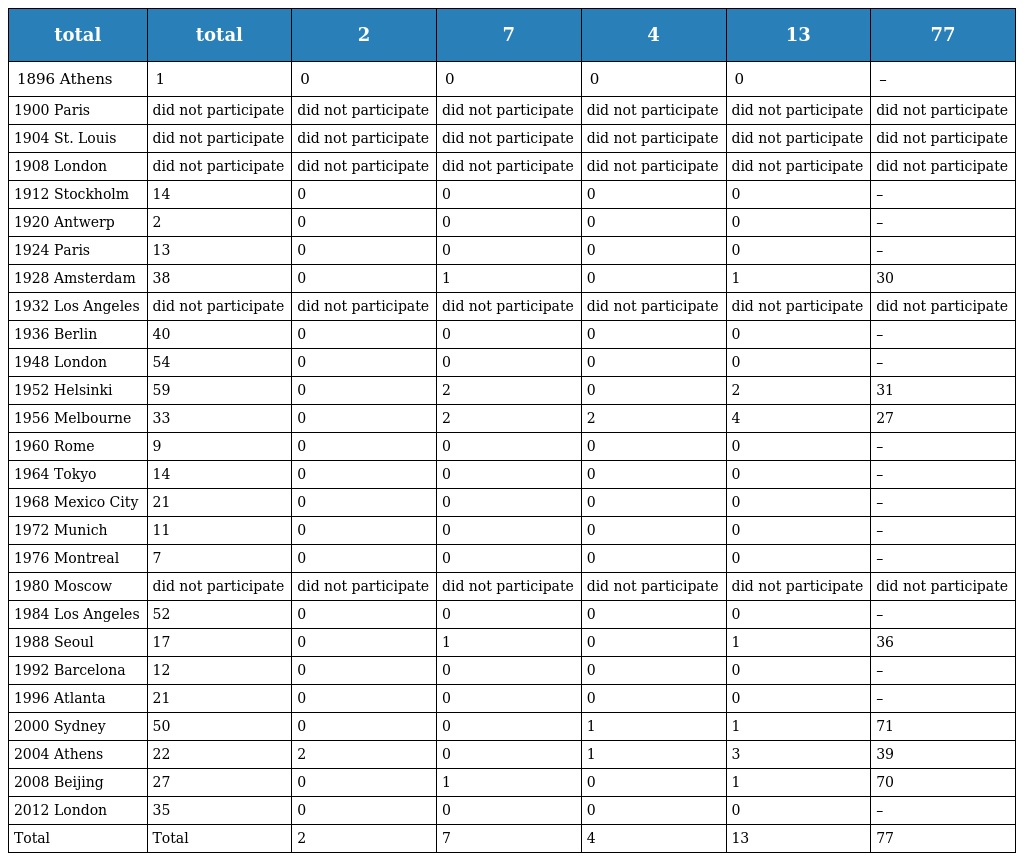
| total | total | 2 | 7 | 4 | 13 | 77 |
 | --- | --- | --- | --- | --- | --- | --- |
 | 1896 Athens | 1 | 0 | 0 | 0 | 0 | – |
 | 1900 Paris | did not participate | did not participate | did not participate | did not participate | did not participate | did not participate |
 | 1904 St. Louis | did not participate | did not participate | did not participate | did not participate | did not participate | did not participate |
 | 1908 London | did not participate | did not participate | did not participate | did not participate | did not participate | did not participate |
 | 1912 Stockholm | 14 | 0 | 0 | 0 | 0 | – |
 | 1920 Antwerp | 2 | 0 | 0 | 0 | 0 | – |
 | 1924 Paris | 13 | 0 | 0 | 0 | 0 | – |
 | 1928 Amsterdam | 38 | 0 | 1 | 0 | 1 | 30 |
 | 1932 Los Angeles | did not participate | did not participate | did not participate | did not participate | did not participate | did not participate |
 | 1936 Berlin | 40 | 0 | 0 | 0 | 0 | – |
 | 1948 London | 54 | 0 | 0 | 0 | 0 | – |
 | 1952 Helsinki | 59 | 0 | 2 | 0 | 2 | 31 |
 | 1956 Melbourne | 33 | 0 | 2 | 2 | 4 | 27 |
 | 1960 Rome | 9 | 0 | 0 | 0 | 0 | – |
 | 1964 Tokyo | 14 | 0 | 0 | 0 | 0 | – |
 | 1968 Mexico City | 21 | 0 | 0 | 0 | 0 | – |
 | 1972 Munich | 11 | 0 | 0 | 0 | 0 | – |
 | 1976 Montreal | 7 | 0 | 0 | 0 | 0 | – |
 | 1980 Moscow | did not participate | did not participate | did not participate | did not participate | did not participate | did not participate |
 | 1984 Los Angeles | 52 | 0 | 0 | 0 | 0 | – |
 | 1988 Seoul | 17 | 0 | 1 | 0 | 1 | 36 |
 | 1992 Barcelona | 12 | 0 | 0 | 0 | 0 | – |
 | 1996 Atlanta | 21 | 0 | 0 | 0 | 0 | – |
 | 2000 Sydney | 50 | 0 | 0 | 1 | 1 | 71 |
 | 2004 Athens | 22 | 2 | 0 | 1 | 3 | 39 |
 | 2008 Beijing | 27 | 0 | 1 | 0 | 1 | 70 |
 | 2012 London | 35 | 0 | 0 | 0 | 0 | – |
 | Total | Total | 2 | 7 | 4 | 13 | 77 |